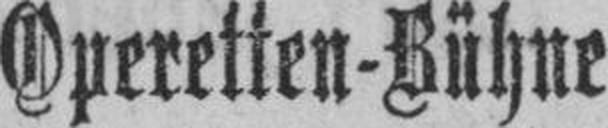
Operetten-Bühne